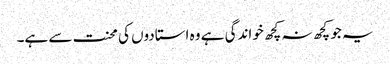
یہ جو کچھ نہ کچھ خواندگی ہے وہ استادوں کی محنت سے ہے۔